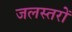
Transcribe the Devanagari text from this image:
जलस्तरों